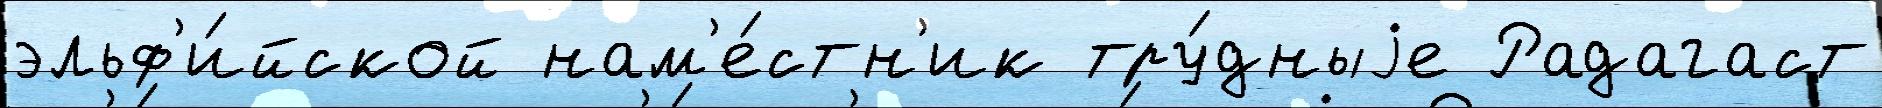
эльф'и́йской нам'е́стн'ик тру́дныjе Радагаст